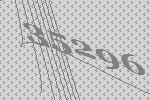
35296